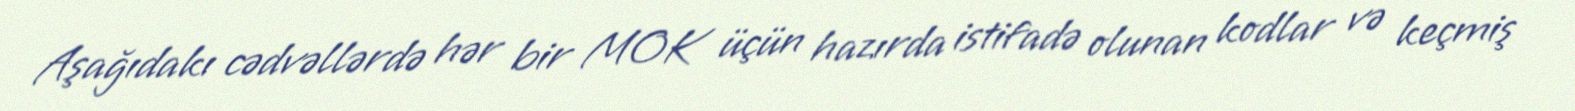
Aşağıdakı cədvəllərdə hər bir MOK üçün hazırda istifadə olunan kodlar və keçmiş